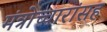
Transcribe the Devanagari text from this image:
मंत्रोच्चारांसह